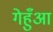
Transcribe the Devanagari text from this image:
गेहुँआ